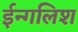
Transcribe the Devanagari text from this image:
ईन्गलिश